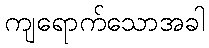
ကျရောက်သောအခါ